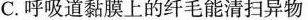
C.呼吸道黏膜上的纤毛能清扫异物